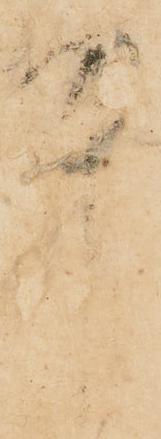
中